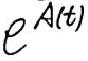
$e^{A(t)}$